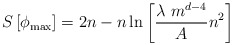
\begin{align*}S \left[ \phi_{{\rm max}} \right] = 2 n - n \ln{ \left[ {\lambda \ m^{d-4} \over A} n^2 \right] }\end{align*}